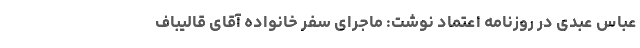
عباس عبدی در روزنامه اعتماد نوشت: ماجرای سفر خانواده آقای قالیباف